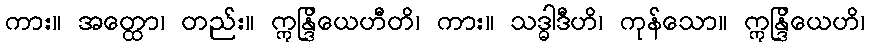
ကား။ အတ္ထော၊ တည်း။ ဣန္ဒြိယေဟီတိ၊ ကား။ သဒ္ဓါဒီဟိ၊ ကုန်သော။ ဣန္ဒြိယေဟိ၊